system: You are a helpful assistant.
user:
Analyze the provided spectrum to determine if it is a **"Cataclysmic Variables (CV)"**.

- **Key Indicators for CV (Check for either state):**
    - **State 1: Quiescent / Low-State (Emission-Dominated)**
        - **(Primary):** Strong and *very broad* Hydrogen Balmer emission lines (e.g., $H\alpha$ at 6563 Å, $H\beta$ at 4861 Å). The 'broadness' (high velocity dispersion, often FWHM > 1000 km/s) is the key diagnostic, indicating a high-velocity accretion disk.
        - **(Secondary):** Broad neutral Helium (He I) emission lines (e.g., 5876 Å, 6678 Å).
        - **(Key Confirmation):** Presence of high-excitation *ionized* Helium (He II) emission at 4686 Å. This is a strong indicator of accretion onto a white dwarf.
        - **(Line Profile):** Emission lines may exhibit a 'double-peaked' profile, which is a classic signature of a rotating accretion disk viewed at high inclination.

    - **State 2: Outburst / High-State (Absorption-Dominated)**
        - **(Primary):** Spectrum is dominated by a bright, blue continuum (looks like a hot star).
        - **(Secondary):** The emission lines from State 1 are weak, absent, or 'filled in', and are replaced by broad, shallow *absorption* lines (primarily Balmer and He I).
        - **(Morphology):** The overall spectrum mimics a hot B/A-type star. The crucial difference is that the absorption lines are significantly broader, shallower, and more 'washed-out' (or 'smeared') than the sharp lines of a normal stellar photosphere, due to high rotational speeds and pressure broadening in the disk.

Think first, call **spectral_visualization_tool** if needed to examine features in detail, then provide your final answer. Your response must adhere to the following strict rules:
1.  **Overall Structure:** Your response must follow the format `<think>...</think> <tool_call>...</tool_call> (if a tool is used) <answer>...</answer>`.
2.  **Tool Usage Constraint:** You may only make **one** tool call per turn.
3.  **Final Answer Format:** In the `<answer>` tag, your conclusion must be inside a `\boxed{}` command (e.g., `\boxed{YES}`), followed by your justification.

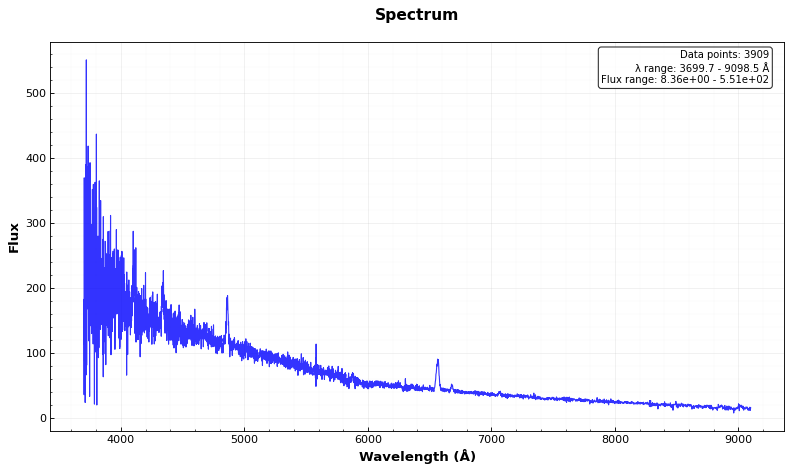
Answer: YES